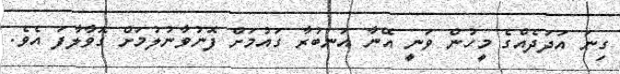
ގިނަ އަދަދެއްގެ މީހުން ވަނީ އޭނާ އަނބުރާ ގައުމަށް ފޮނުވާނުލުމަށް ގޮވާލާފަ އެވެ.